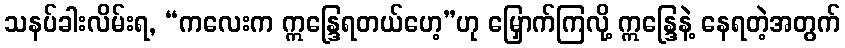
သနပ်ခါးလိမ်းရ, “ကလေးက ဣန္ဒြေရတယ်ဟေ့”ဟု မြှောက်ကြလို့ ဣန္ဒြေနဲ့ နေရတဲ့အတွက်